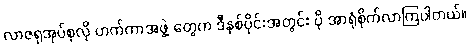
လာဇရုအုပ်စုလို ဟက်ကာအဖွဲ့ တွေက ဒီနှစ်ပိုင်းအတွင်း ပို အာရုံစိုက်လာကြပါတယ်။